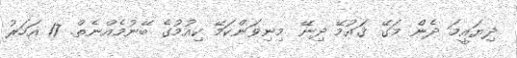
ދިޔައީމަ ދެން މަގޭ ޤައުމޭ ދިނޭ މިނިވަންކަމޭ ކިއުމުގެ ބޭނުމެއްނެތް. 17 އަހަރު